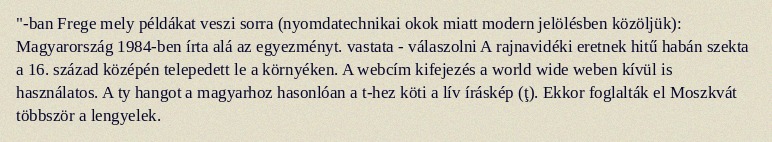
"-ban Frege mely példákat veszi sorra (nyomdatechnikai okok miatt modern jelölésben közöljük): Magyarország 1984-ben írta alá az egyezményt. vastata - válaszolni A rajnavidéki eretnek hitű habán szekta a 16. század középén telepedett le a környéken. A webcím kifejezés a world wide weben kívül is használatos. A ty hangot a magyarhoz hasonlóan a t-hez köti a lív íráskép (ţ). Ekkor foglalták el Moszkvát többször a lengyelek.